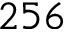
2 5 6